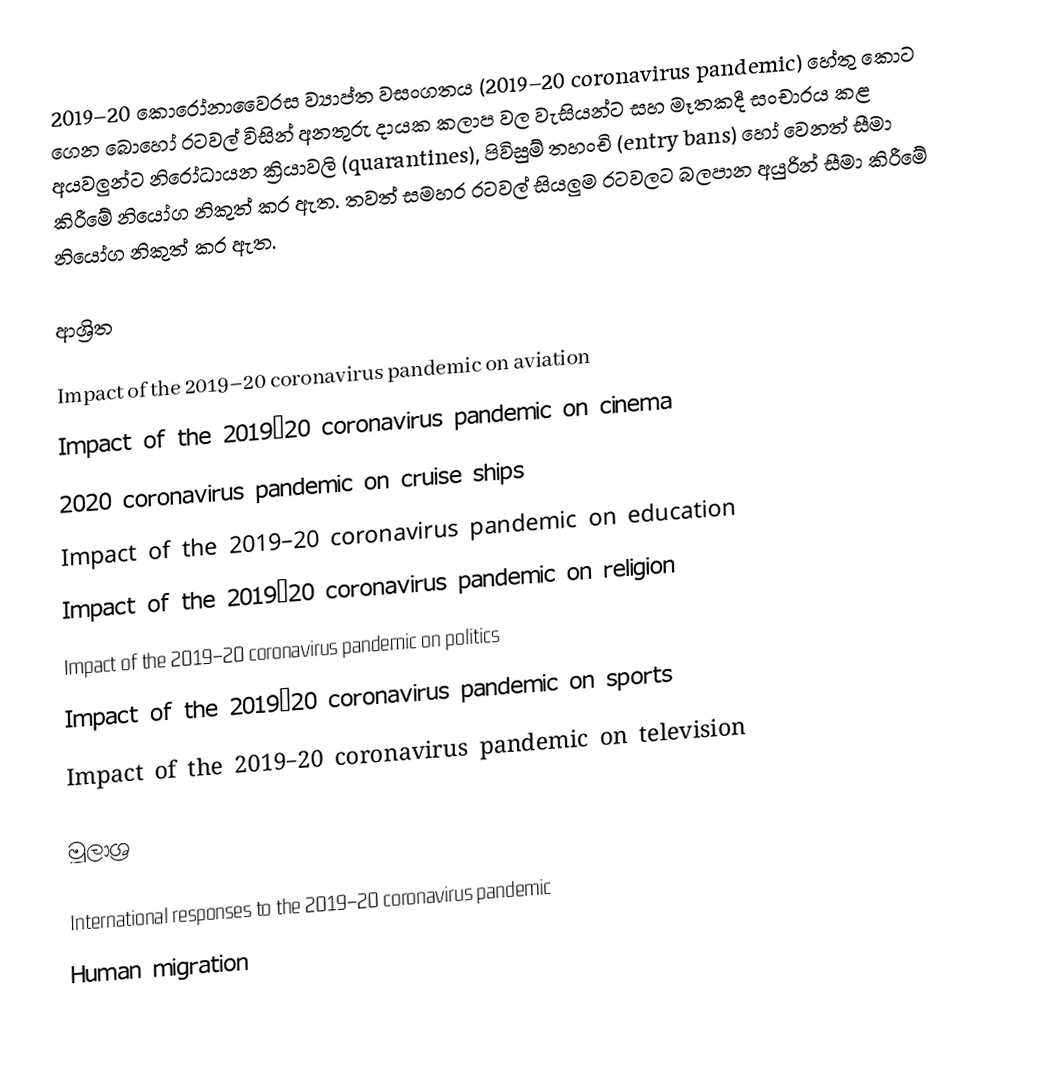
2019–20 කොරෝනාවෛරස ව්‍යාප්ත වසංගතය (2019–20 coronavirus pandemic) හේතු කොට ගෙන බොහෝ රටවල් විසින් අනතුරු දායක කලාප වල වැසියන්ට සහ මෑතකදී සංචාරය කළ අයවලුන්ට නිරෝධායන ක්‍රියාවලි (quarantines), පිවිසුම් තහංචි (entry bans) හෝ වෙනත් සීමා කිරීමේ නියෝග නිකුත් කර ඇත. තවත් සමහර රටවල් සියලුම රටවලට බලපාන අයුරින් සීමා කිරීමේ නියෝග නිකුත් කර ඇත.

ආශ්‍රිත

Impact of the 2019–20 coronavirus pandemic on aviation
Impact of the 2019–20 coronavirus pandemic on cinema
2020 coronavirus pandemic on cruise ships
Impact of the 2019–20 coronavirus pandemic on education
Impact of the 2019–20 coronavirus pandemic on religion
Impact of the 2019–20 coronavirus pandemic on politics
Impact of the 2019–20 coronavirus pandemic on sports
Impact of the 2019–20 coronavirus pandemic on television

මූලාශ්‍ර

International responses to the 2019–20 coronavirus pandemic
Human migration